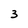
Character: 3